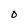
Character: 0